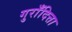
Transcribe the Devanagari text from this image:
गुराँदित्ता